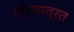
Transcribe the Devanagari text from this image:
जीवनव्रत